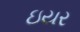
ઇયર